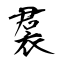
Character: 裠